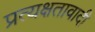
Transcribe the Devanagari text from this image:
प्रत्यक्षतावादी